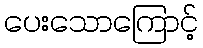
ပေးသောကြောင့်